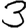
Digit: 3